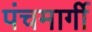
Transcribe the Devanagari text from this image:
पंचमार्गी